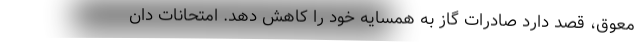
معوق، قصد دارد صادرات گاز به همسایه خود را کاهش دهد. امتحانات دان